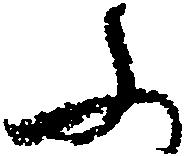
ふ